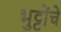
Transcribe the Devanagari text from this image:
भुट्टोंचे